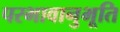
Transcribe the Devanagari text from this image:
परभावानुभूति